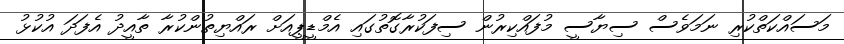
މަސައްކަތްކުރި ނަމަވެސް ސިޔާސީ މުފައްކިރުން ސިފަކުރާގޮތުގައި އެމްޑީޕީއަށް ރައްޔިތުންކުރާ ތާއީދު އެފަދަ އުކުޅު